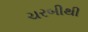
ચરબીથી